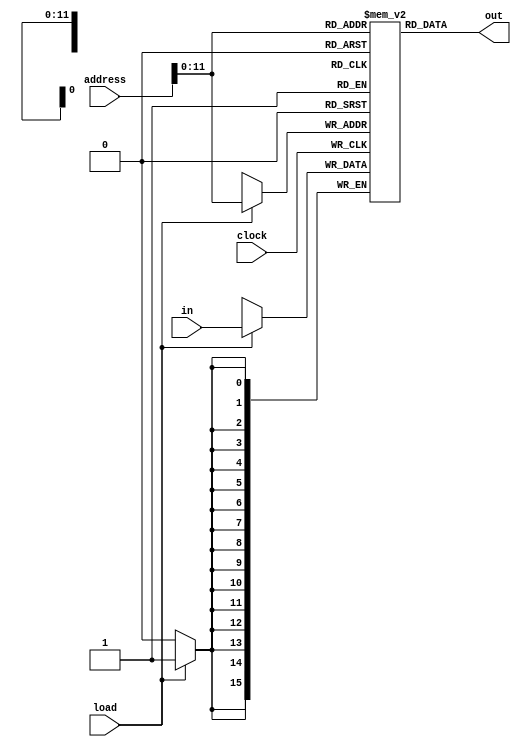
module RAM8K(input[15:0] in, input clock, load, input[12:0] address, output[15:0] out);
  reg[15:0] m[0:2**12-1];
  assign out = m[address];
  always @(posedge clock) begin
    if (load) m[address] = in;
  end
endmodule